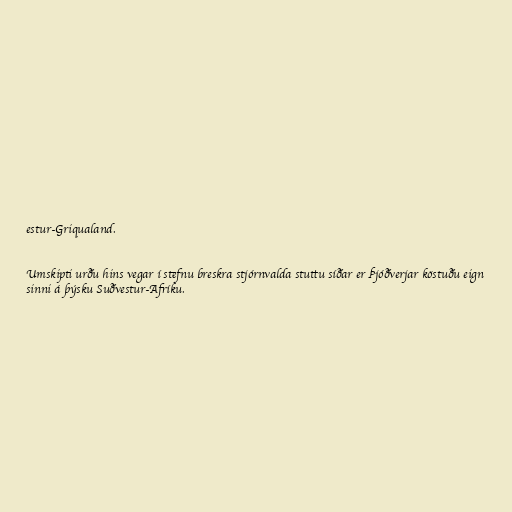
estur-Griqualand.

Umskipti urðu hins vegar í stefnu breskra stjórnvalda stuttu síðar er Þjóðverjar köstuðu eign
sinni á þýsku Suðvestur-Afríku.